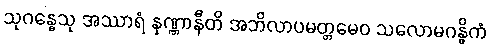
သုဂန္ဓေသု အဿာရံ နုဏ္ဏာနီတိ အဘိလာပမတ္တမေဝ သလောမဂန္ဓိကံ